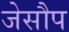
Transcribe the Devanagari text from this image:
जेसौप